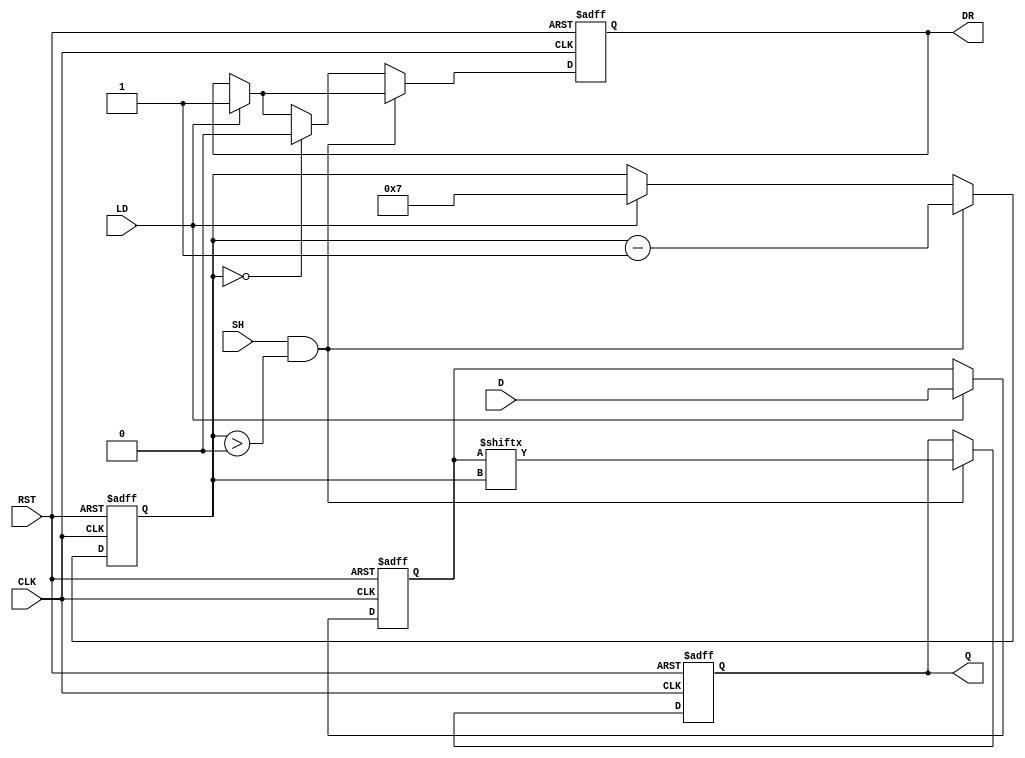
module PISO_Register (
    input wire [7:0] D,         // Parallel Data Input
    input wire LD,              // Load Signal
    input wire SH,              // Shift Signal
    input wire CLK,             // Clock Signal
    input wire RST,             // Reset Signal
    output reg Q,               // Serial Output
    output reg DR               // Data Ready Signal
);

    reg [7:0] shift_reg;        // Storage Register
    reg [3:0] bit_count;        // Counter for shifting bits

    // Asynchronous Reset
    always @(posedge CLK or posedge RST) begin
        if (RST) begin
            shift_reg <= 8'b0;   // Clear the register
            Q <= 1'b0;           // Clear the serial output
            DR <= 1'b0;          // Clear Data Ready signal
            bit_count <= 4'b0;    // Reset bit counter
        end else begin
            // Load Data
            if (LD) begin
                shift_reg <= D;   // Load parallel data into shift register
                bit_count <= 4'd7; // Start shifting from MSB
                DR <= 1'b1;        // Data is ready to be read
            end
            
            // Shift Data
            if (SH && bit_count > 0) begin
                Q <= shift_reg[bit_count]; // Output the current bit
                bit_count <= bit_count - 1; // Decrement the bit counter
            end else if (bit_count == 0) begin
                DR <= 1'b0; // Data is no longer ready after shifting is complete
            end
        end
    end

endmodule